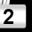
Digit: 2